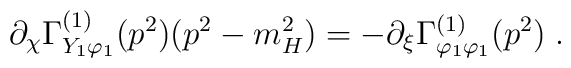
\partial _\chi \Gamma^{(1)}_{Y_1\varphi_1} (p^2) ( p^2 -m_H^2)= - \partial_\xi \Gamma^{(1)}_{\varphi_1 \varphi_1}(p^2) \; .